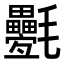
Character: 氎